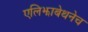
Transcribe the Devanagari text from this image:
एलिझाबेथनेच